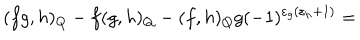
( f g , h ) _ { Q } - f ( g , h ) _ { Q } - ( f , h ) _ { Q } g ( - 1 ) ^ { \varepsilon _ { g } ( \varepsilon _ { h } + 1 ) } =